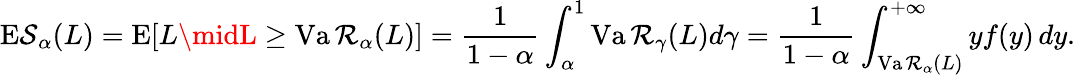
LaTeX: \operatorname{E\mathcal{S}}_{\alpha}(L)=\operatorname{E}[L\midL\geq\operatorname{Va\mathcal{R}}_{\alpha}(L)]={\frac{{1}}{{1-\alpha}}}\int_{\alpha}^{1}\operatorname{Va\mathcal{R}}_{\gamma}(L)d\gamma={\frac{{1}}{{1-\alpha}}}\int_{\operatorname{Va\mathcal{R}}_{\alpha}(L)}^{+\infty}yf(y)\, dy.